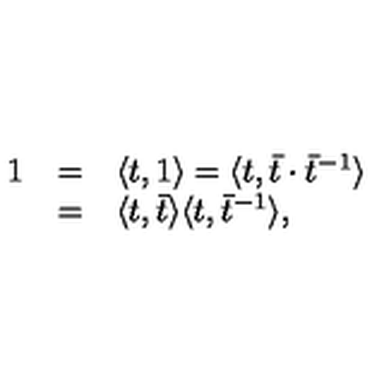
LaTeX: \begin{array} { r c l } { 1 } & { = } & { \langle t , 1 \rangle = \langle t , { \bar { t } } \cdot { \bar { t } } ^ { - 1 } \rangle } \\ { } & { = } & { \langle t , \bar { t } \rangle \langle t , \bar { t } ^ { - 1 } \rangle , } \\ \end{array}